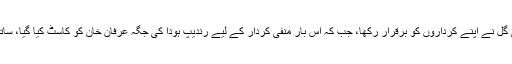
دوسری فلم میں بھی جمی شیرل اور ماہی گل نے اپنے کرداروں کو برقرار رکھا، جب کہ اس بار منفی کردار کے لیے رندیپ ہودا کی جگہ عرفان خان کو کاسٹ کیا گیا، ساتھ ہی سوہا علی خان کو بھی شامل کیا گیا۔